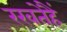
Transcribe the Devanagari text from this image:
रखतेहैं